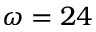
\omega = 2 4